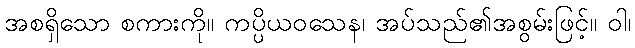
အစရှိသော စကားကို။ ကပ္ပိယဝသေန၊ အပ်သည်၏အစွမ်းဖြင့်။ ဝါ၊